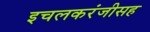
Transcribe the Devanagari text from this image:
इचलकरंजीसह